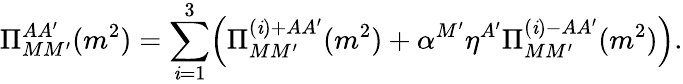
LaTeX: \Pi_{MM^{\prime}}^{AA^{\prime}}(m^{2})=\sum_{\mathit{i}=1}^{3}\Bigl(\Pi_{MM^{\prime}}^{(\mathit{i})+AA^{\prime}}(m^{2})+\alpha^{M^{\prime}}\eta^{A^{\prime}}\Pi_{MM^{\prime}}^{(\mathit{i})-AA^{\prime}}(m^{2})\Bigr).